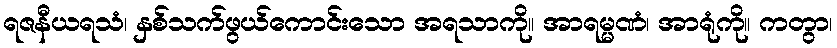
ရဇနီယရသံ၊ နှစ်သက်ဖွယ်ကောင်းသော အရသာကို။ အာရမ္မဏံ၊ အာရုံကို။ ကတွာ၊